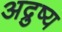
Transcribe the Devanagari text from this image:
अद्रुष्य